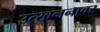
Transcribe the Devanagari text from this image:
उत्खननावर